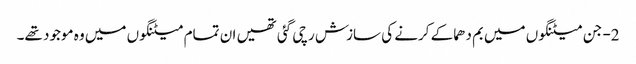
2- جن میٹنگوں میں بم دھماکے کرنے کی سازش رچی گئی تھیں ان تمام میٹنگوں میں وہ موجود تھے۔